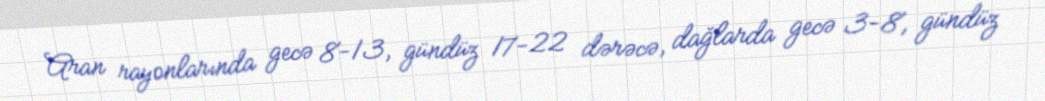
Aran rayonlarında gecə 8-13, gündüz 17-22 dərəcə, dağlarda gecə 3-8, gündüz